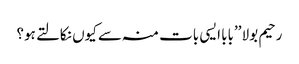
رحیم بولا ’’بابا ایسی بات منہ سے کیوں نکالتے ہو؟